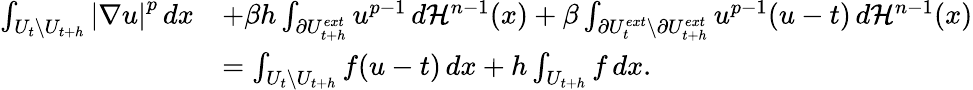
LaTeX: \begin{array}{rl}{\int_{U_{t}\setminus U_{t+h}}{\left|\nabla u\right|}^{p}\, dx}&{+\beta h\int_{\partial U_{t+h}^{ext}}u^{p-1}\, d\mathcal{H}^{n-1}(x)+\beta\int_{\partial U_{t}^{ext}\setminus\partial U_{t+h}^{ext}}u^{p-1}(u-t)\, d\mathcal{H}^{n-1}(x)}\\ &{=\int_{U_{t}\setminus U_{t+h}}f(u-t)\, dx+h\int_{U_{t+h}}f\, dx.}\end{array}